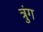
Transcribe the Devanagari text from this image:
त्रुंग